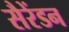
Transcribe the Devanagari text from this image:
सैरेंडन